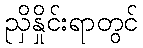
ညှိနှိုင်းရာတွင်